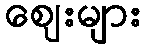
ဈေးများ